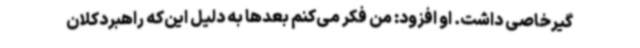
‌گیرخاصی داشت. او افزود: من فکر می‌کنم بعدها به دلیل این‌که راهبردکلان